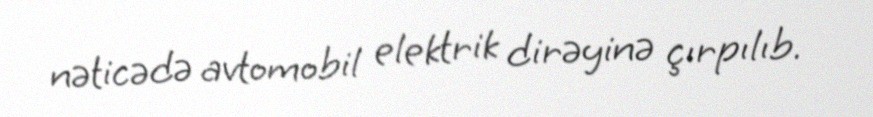
nəticədə avtomobil elektrik dirəyinə çırpılıb.